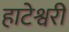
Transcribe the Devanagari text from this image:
हाटेश्वरी